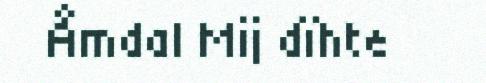
Åmdal Mij dïhte